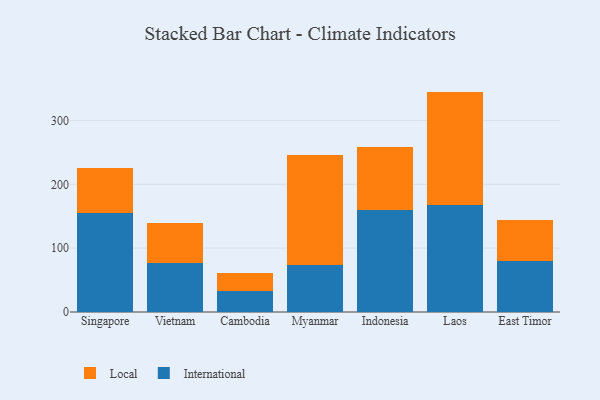
{"axis": {"x": "Country", "y": "Page Views"}, "legend": ["International", "Local"], "data": [{"x": "Singapore", "y": 155.4, "type": "International"}, {"x": "Singapore", "y": 70.6, "type": "Local"}, {"x": "Vietnam", "y": 76.7, "type": "International"}, {"x": "Vietnam", "y": 62.2, "type": "Local"}, {"x": "Cambodia", "y": 32.3, "type": "International"}, {"x": "Cambodia", "y": 29.0, "type": "Local"}, {"x": "Myanmar", "y": 74.3, "type": "International"}, {"x": "Myanmar", "y": 170.9, "type": "Local"}, {"x": "Indonesia", "y": 160.0, "type": "International"}, {"x": "Indonesia", "y": 99.0, "type": "Local"}, {"x": "Laos", "y": 168.1, "type": "International"}, {"x": "Laos", "y": 177.1, "type": "Local"}, {"x": "East Timor", "y": 80.6, "type": "International"}, {"x": "East Timor", "y": 63.7, "type": "Local"}]}